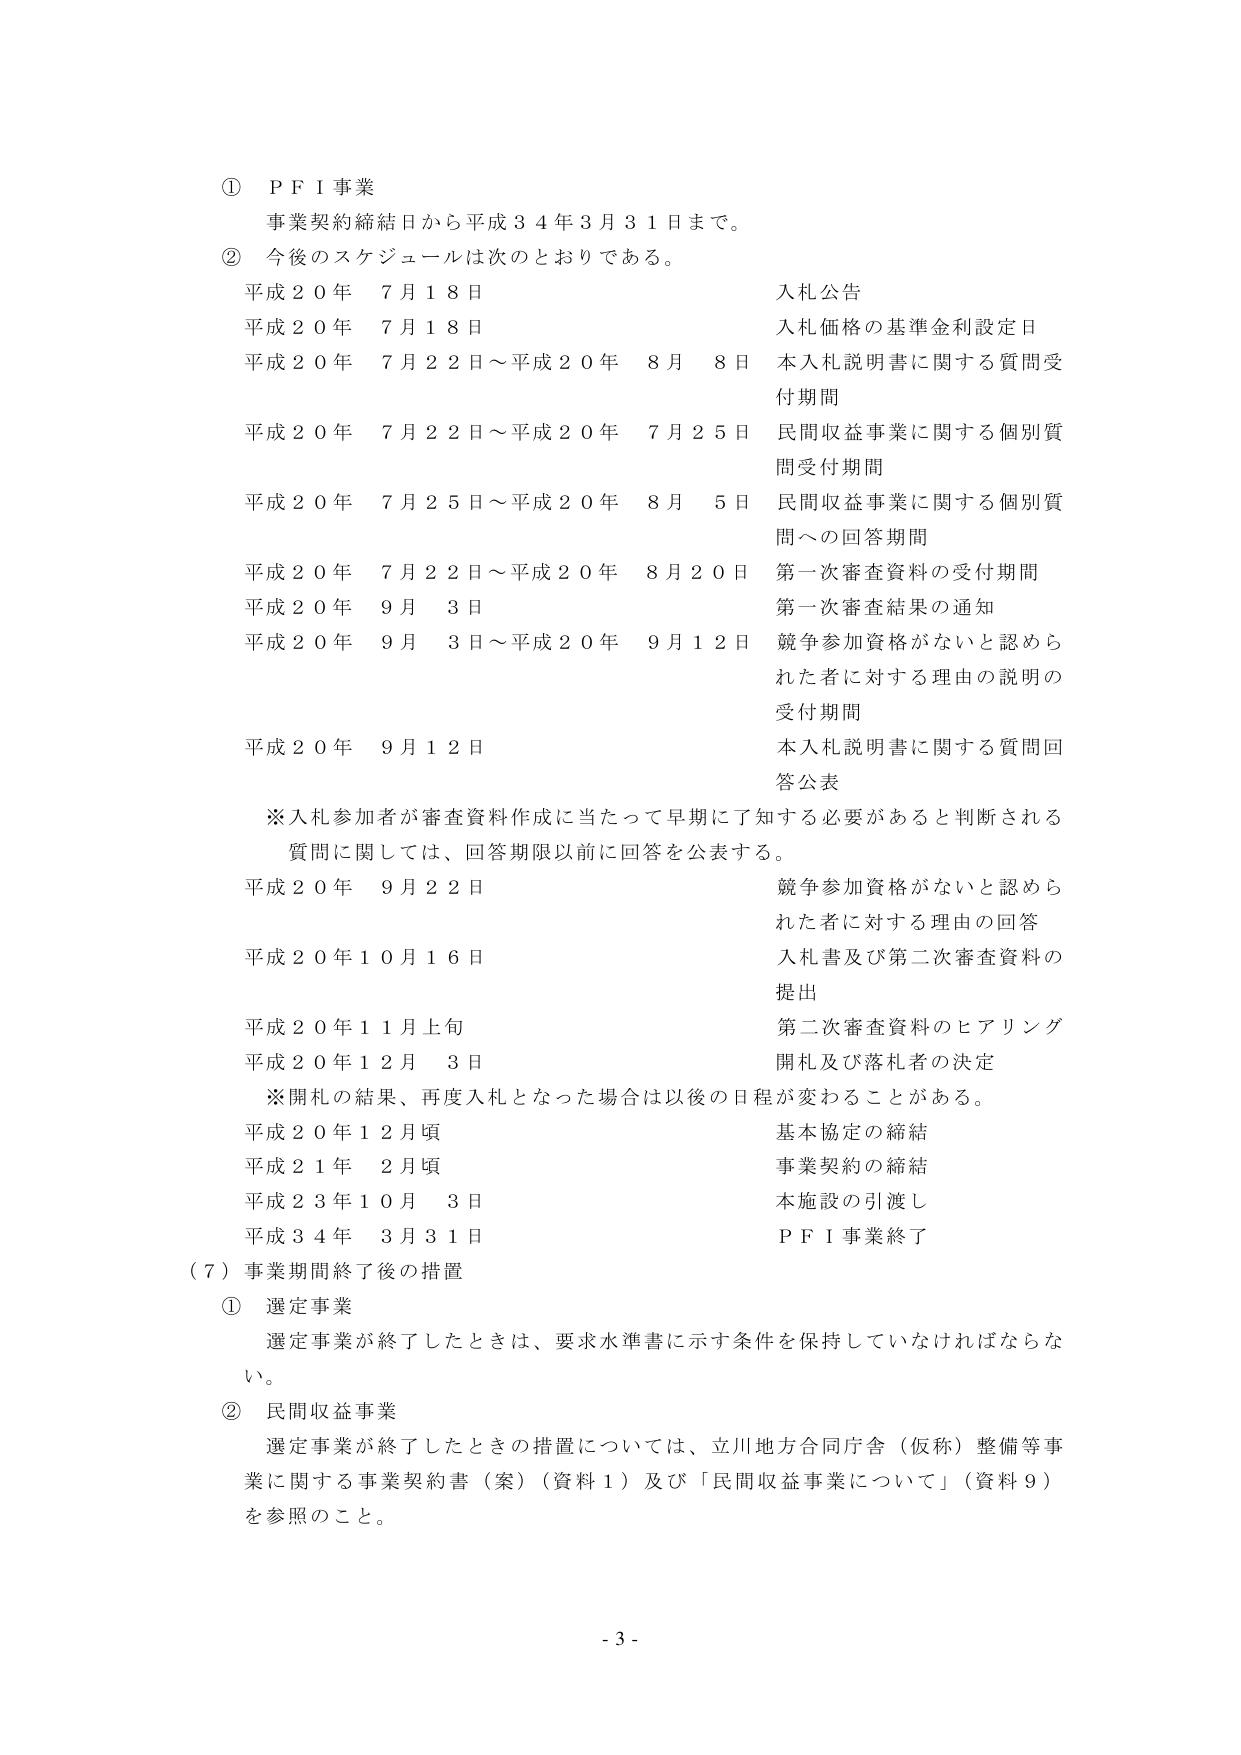
① PFI事業
事業契約締結日から平成34年3月31日まで。

② 今後のスケジュールは次のとおりである。
平成20年 7月18日 入札公告
平成20年 7月18日 入札価格の基準金利設定日
平成20年 7月22日～平成20年 8月 8日 本入札説明書に関する質問受付期間
平成20年 7月22日～平成20年 7月25日 民間収益事業に関する個別質問受付期間
平成20年 7月25日～平成20年 8月 5日 民間収益事業に関する個別質問への回答期間
平成20年 7月22日～平成20年 8月20日 第一次審査資料の受付期間
平成20年 9月 3日 第一次審査結果の通知
平成20年 9月 3日～平成20年 9月12日 競争参加資格がないと認められた者に対する理由の説明の受付期間
平成20年 9月12日 本入札説明書に関する質問回答公表

※入札参加者が審査資料作成に当たって早期に了知する必要があると判断される質問に関しては、回答期限以前に回答を公表する。
平成20年 9月22日 競争参加資格がないと認められた者に対する理由の回答
平成20年10月16日 入札書及び第二次審査資料の提出
平成20年11月上旬 第二次審査資料のヒアリング
平成20年12月 3日 開札及び落札者の決定
※開札の結果、再度入札となった場合は以後の日程が変わることがある。
平成20年12月頃 基本協定の締結
平成21年 2月頃 事業契約の締結
平成23年10月 3日 本施設の引渡し
平成34年 3月31日 PFI事業終了

（7）事業期間終了後の措置
① 選定事業
選定事業が終了したときは、要求水準書に示す条件を保持していなければならない。

② 民間収益事業
選定事業が終了したときの措置については、立川地方合同庁舎（仮称）整備等事業に関する事業契約書（案）（資料1）及び「民間収益事業について」（資料9）を参照のこと。

- 3 -